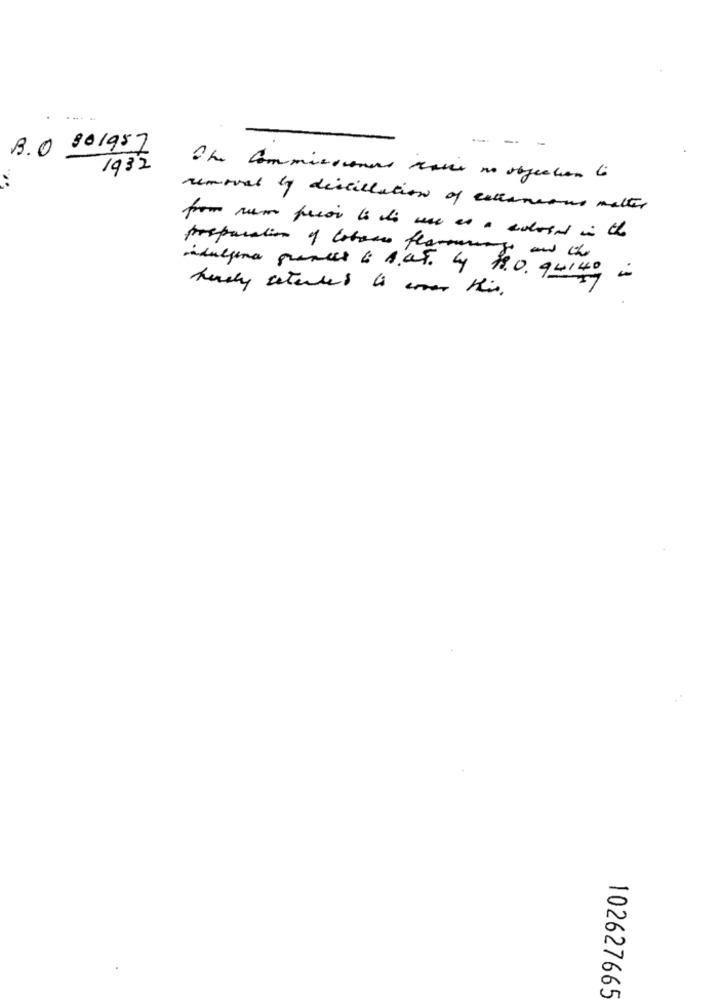
B. 0 801957
- -
1932
The commissioners have no objection Co
removal by distillation of ceteancano matter
from rum prior to di une as a colorad in the
preparation of lobos flammen
indulgena puentes 6 1.at. 4 1.0. 94ino in
hudby asterles io com this.
102627665